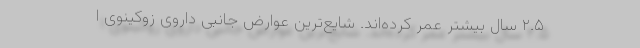
۲.۵ سال بیشتر عمر کرده‌اند. شایع‌ترین عوارض جانبی داروی زوکینوی ا